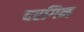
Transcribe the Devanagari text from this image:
दरगिन